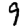
Digit: 9